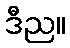
ဒီည။